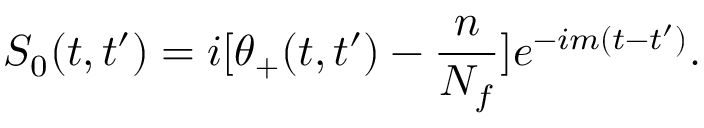
S _ { 0 } ( t , t ^ { \prime } ) = i [ \theta _ { + } ( t , t ^ { \prime } ) - { \frac { n } { N _ { f } } } ] e ^ { - i m ( t - t ^ { \prime } ) } .